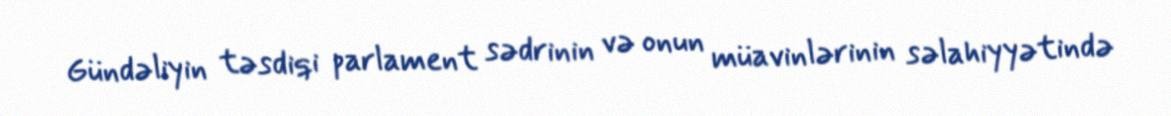
Gündəliyin təsdiqi parlament sədrinin və onun müavinlərinin səlahiyyətində